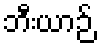
ဘီးယာဉ်